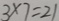
3 \times 7 = 2 1